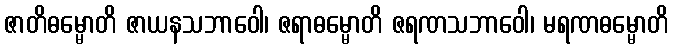
ဇာတိဓမ္မောတိ ဇာယနသဘာဝေါ၊ ဇရာဓမ္မောတိ ဇရဏသဘာဝေါ၊ မရဏဓမ္မောတိ